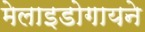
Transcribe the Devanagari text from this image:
मेलाइडोगायने